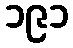
၁၉၁